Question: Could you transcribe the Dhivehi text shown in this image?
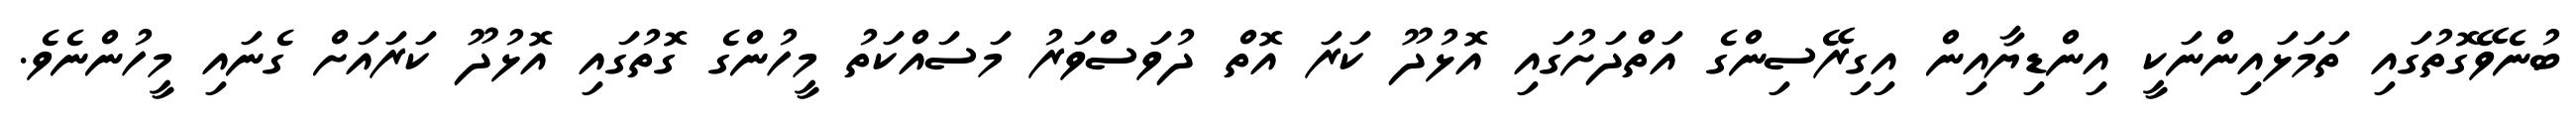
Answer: ބުނެވޭގޮތުގައި ތަމަޅައިންނަކީ އިންޑިޔާއިން އިގިރޭސިންގެ އަތްދަށުގައި އޮޅުދޫ ކަރަ އޮތް ދުވަސްވަރު މަސައްކަތު މީހުންގެ ގޮތުގައި އޮޅުދޫ ކަރައަށް ގެނައި މީހުންނެވެ.